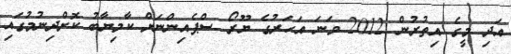
އަދި މީގެ އިތުރުން 2012 ވަނަ އަހަރުގެ ޔޫރޯ ސްޕެއިންނަށް ކާމިޔާބު ކޮށްދިނުމުގައި